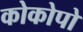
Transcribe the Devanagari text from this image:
कोकोपो